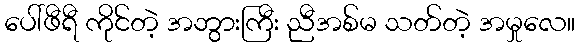
ပေါ်ဖီရီ ကိုင်တဲ့ အဘွားကြီး ညီအစ်မ သတ်တဲ့ အမှုလေ။